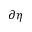
\partial \eta